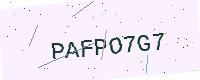
Text: PAFPO7G7